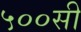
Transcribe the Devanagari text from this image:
५००सी